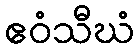
ဧဝံသီဃံ